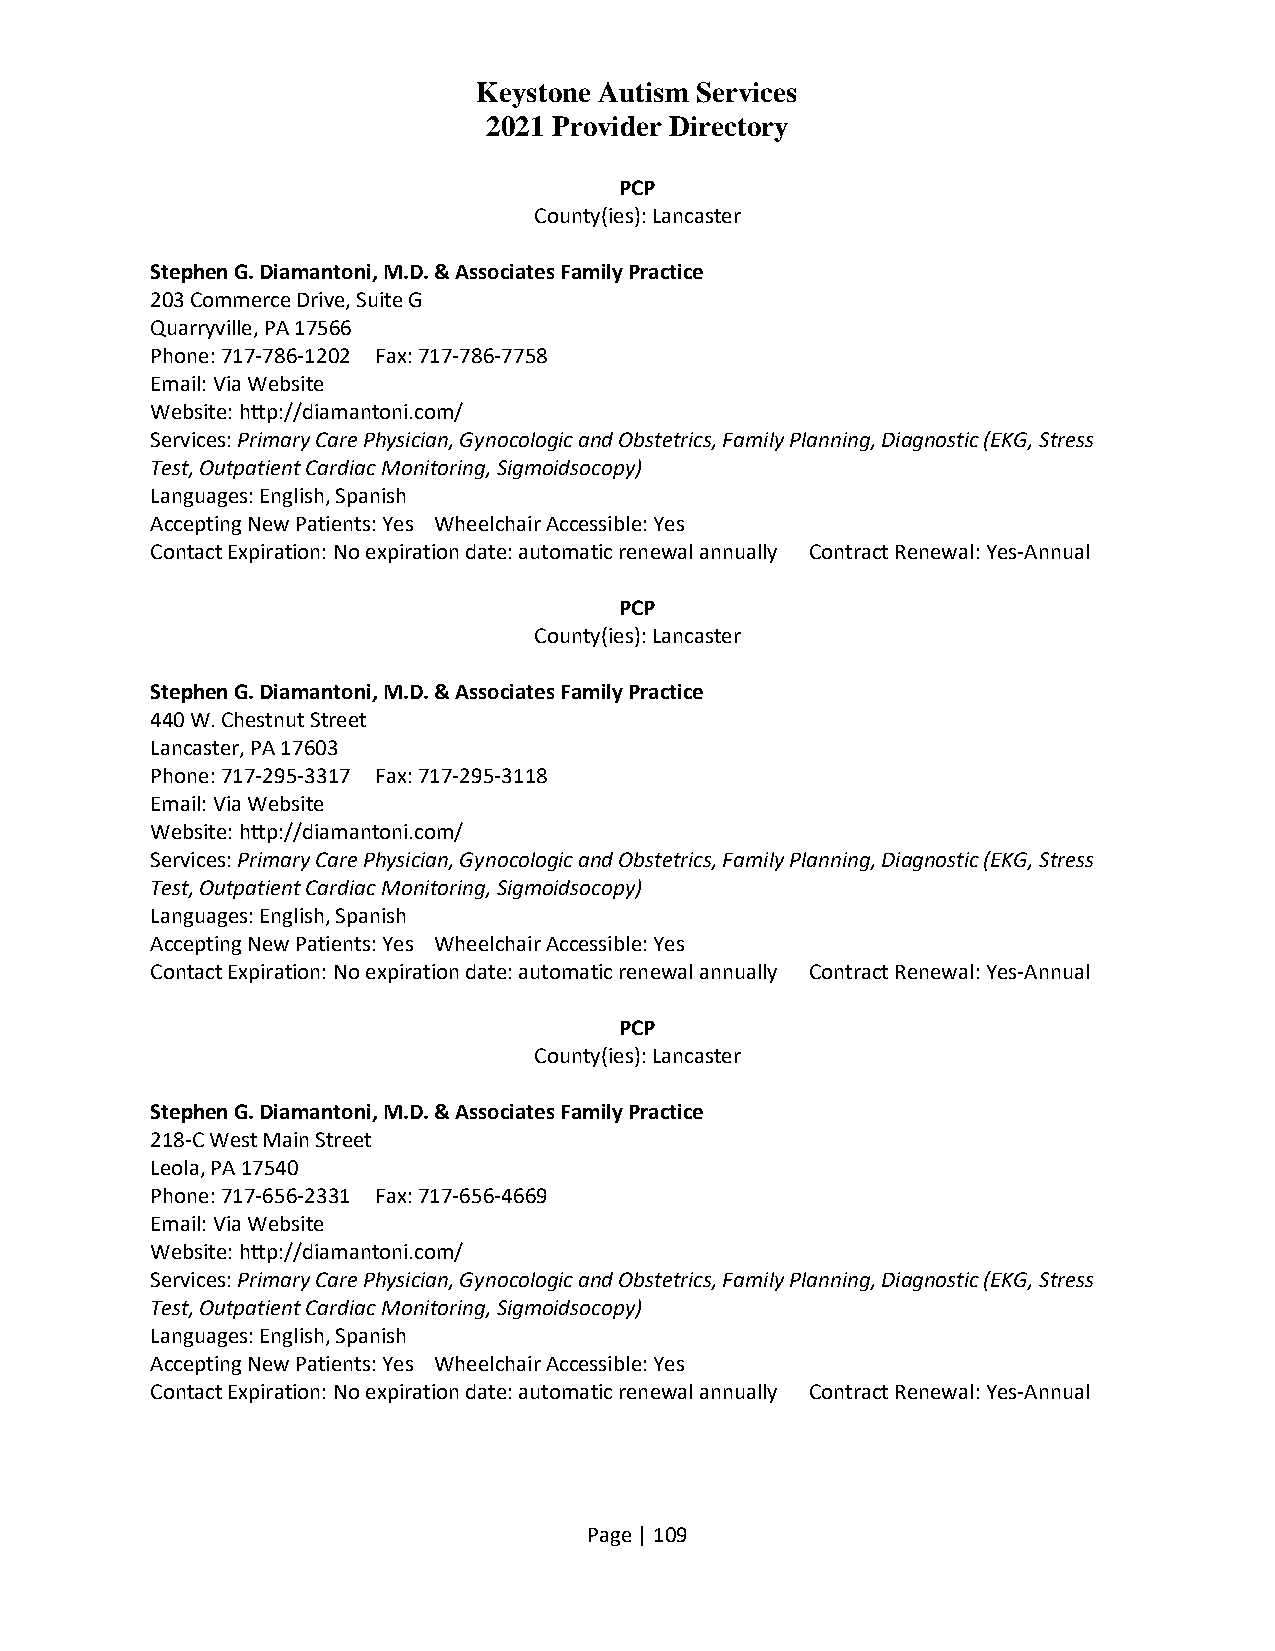
Keystone Autism Services
 2021 Provider Directory
 PCP
 County(ies): Lancaster
 Stephen G. Diamantoni, M.D. & Associates Family Practice
 203 Commerce Drive, Suite G
 Quarryville, PA 17566
 Phone: 717-786-1202 Fax: 717-786-7758
 Email: Via Website
 Website: http://diamantoni.com/
 Services: Primary Care Physician, Gynocologic and Obstetrics, Family Planning, Diagnostic (EKG, Stress
 Test, Outpatient Cardiac Monitoring, Sigmoidsocopy)
 Languages: English, Spanish
 Accepting New Patients: Yes Wheelchair Accessible: Yes
 Contact Expiration: No expiration date: automatic renewal annually Contract Renewal: Yes-Annual
 PCP
 County(ies): Lancaster
 Stephen G. Diamantoni, M.D. & Associates Family Practice
 440 W. Chestnut Street
 Lancaster, PA 17603
 Phone: 717-295-3317 Fax: 717-295-3118
 Email: Via Website
 Website: http://diamantoni.com/
 Services: Primary Care Physician, Gynocologic and Obstetrics, Family Planning, Diagnostic (EKG, Stress
 Test, Outpatient Cardiac Monitoring, Sigmoidsocopy)
 Languages: English, Spanish
 Accepting New Patients: Yes Wheelchair Accessible: Yes
 Contact Expiration: No expiration date: automatic renewal annually Contract Renewal: Yes-Annual
 PCP
 County(ies): Lancaster
 Stephen G. Diamantoni, M.D. & Associates Family Practice
 218-C West Main Street
 Leola, PA 17540
 Phone: 717-656-2331 Fax: 717-656-4669
 Email: Via Website
 Website: http://diamantoni.com/
 Services: Primary Care Physician, Gynocologic and Obstetrics, Family Planning, Diagnostic (EKG, Stress
 Test, Outpatient Cardiac Monitoring, Sigmoidsocopy)
 Languages: English, Spanish
 Accepting New Patients: Yes Wheelchair Accessible: Yes
 Contact Expiration: No expiration date: automatic renewal annually Contract Renewal: Yes-Annual
 Page | 109